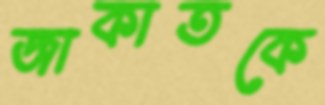
জাকাতকে